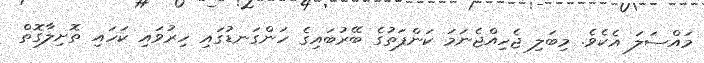
މައްސަލަ އެކެވެ. މިބަލި ޖެހިއްޖެނަމަ ކަންފަތުގެ ބޭރުބައިގެ ހަންގަނޑުގައި ހިރުވައި ކަހައި ތޮށިލާގޮތް